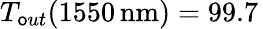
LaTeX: T_{\mathsf{o}ut}(1550\, \mathrm{{nm}})=99.7\,